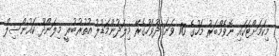
މިކަމަށްޓަކައި ނޮވެމްބަރު މަހުގެ 16 ވަނަ ދުވަހުގެރޭ މިލަދުންމަޑުލު އުތުރުބުރީ މިލަންދޫ ކައުންސިލް